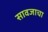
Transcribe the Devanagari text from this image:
सावजाचा